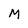
Character: M